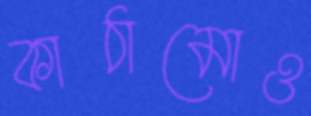
কাঠামোও